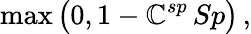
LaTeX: \operatorname*{max}\big(0,1-\mathbb{C}_{}^{sp}\, Sp\big)\, ,